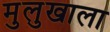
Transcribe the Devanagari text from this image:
मुलुखाला